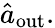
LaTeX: \hat{a}_{\mathrm{out}}.